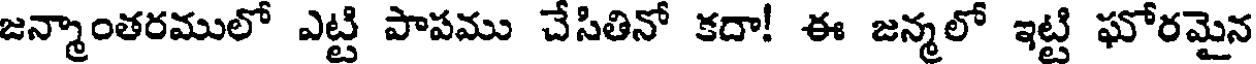
జన్మాంతరములో ఎట్టి పాపము చేసితినో కదా! ఈ జన్మలో ఇట్టి ఘోరమైన